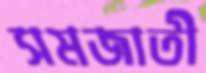
সমজাতী